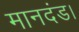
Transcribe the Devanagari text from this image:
मानदंड।